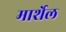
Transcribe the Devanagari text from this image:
मार्शेल